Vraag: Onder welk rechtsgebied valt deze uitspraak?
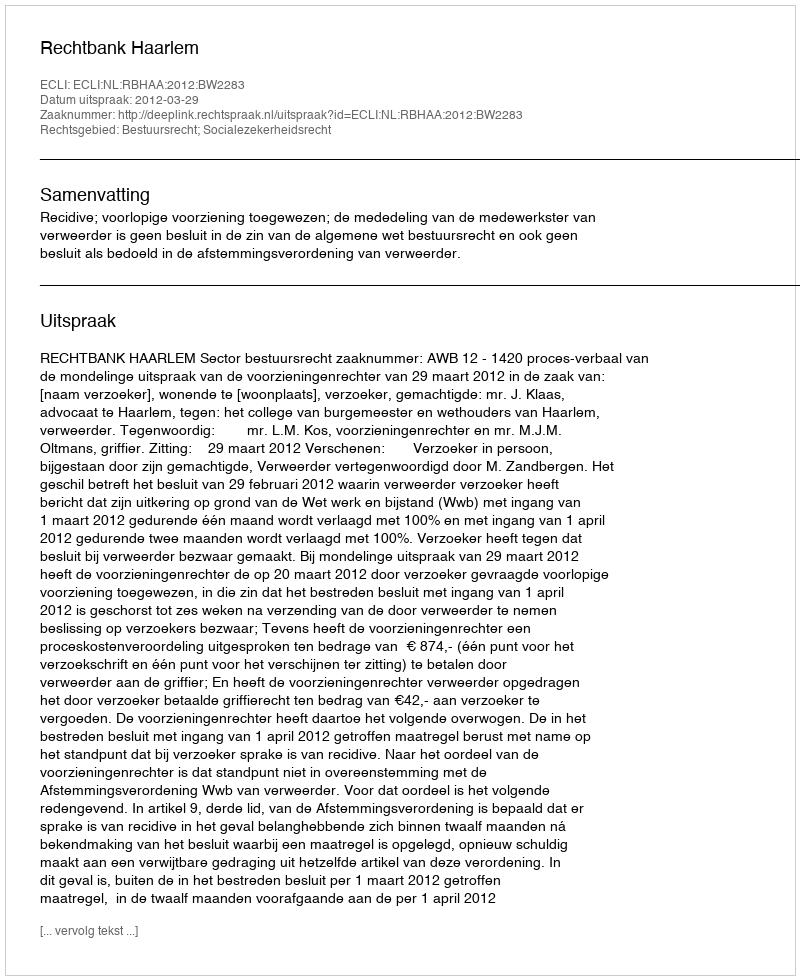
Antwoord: Bestuursrecht; Socialezekerheidsrecht